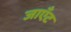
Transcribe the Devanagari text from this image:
जाएँट